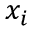
x _ { i }